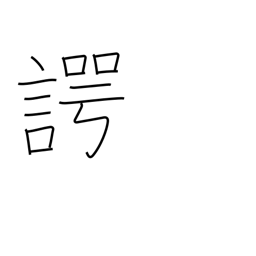
Meaning: speaking the truth